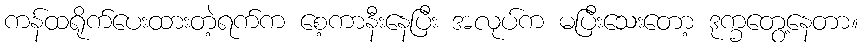
ကန်ထရိုက်ပေးထားတဲ့ရက်က စေ့ကာနီးနေပြီး အလုပ်က မပြီးသေးတော့ ဒုက္ခတွေ့နေတာ။